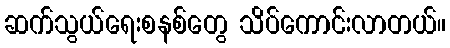
ဆက်သွယ်ရေးစနစ်တွေ သိပ်ကောင်းလာတယ်။